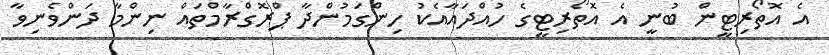
އެ އޮތޯރިޓީން ބުނީ އެ އޮތޯރިޓީގެ ހުއްދައާއެކު ހިންގަމުންދާ ޕްރޮގްރާމްތައް ނިންމާ ދަންވެނިވާ